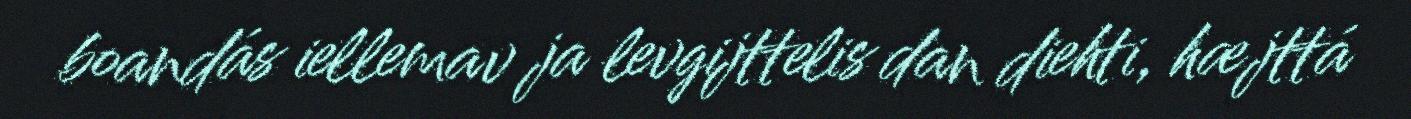
boandás iellemav ja levgijttelis dan diehti, hæjttá